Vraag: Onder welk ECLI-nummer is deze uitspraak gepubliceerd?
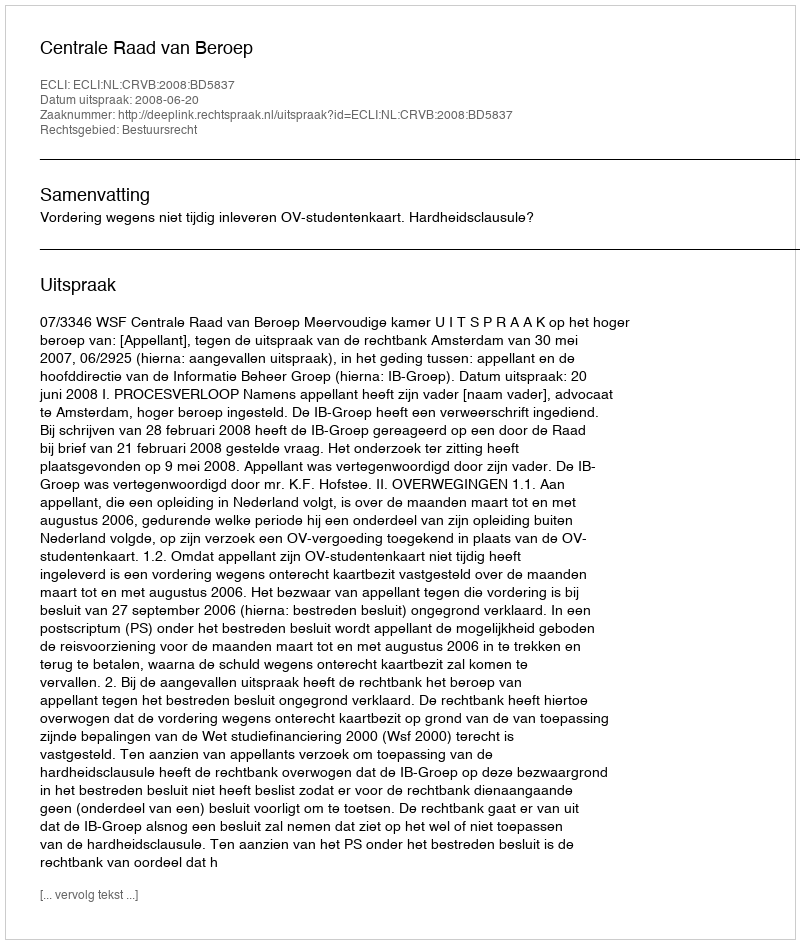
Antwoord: ECLI:NL:CRVB:2008:BD5837